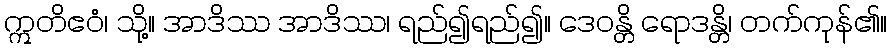
ဣတိဧဝံ၊ သို့။ အာဒိဿ အာဒိဿ၊ ရည်၍ရည်၍။ ဒေဝန္တိ ရောဒန္တိ၊ တက်ကုန်၏။